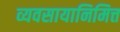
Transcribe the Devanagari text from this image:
व्यवसायानिमित्त